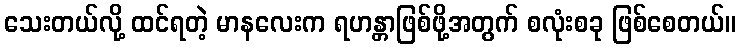
သေးတယ်လို့ ထင်ရတဲ့ မာနလေးက ရဟန္တာဖြစ်ဖို့အတွက် စလုံးစခု ဖြစ်စေတယ်။